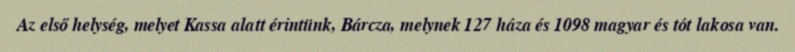
Az első helység, melyet Kassa alatt érintünk, Bárcza, melynek 127 háza és 1098 magyar és tót lakosa van.